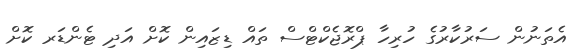
އެތަނުން ސަރުކާރުގެ ހުރިހާ ޕްރޮޖެކްޓްސް ތައް ޑިޒައިން ކޮށް އަދި ޓެންޑަރ ކޮށް